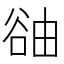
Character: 䜬